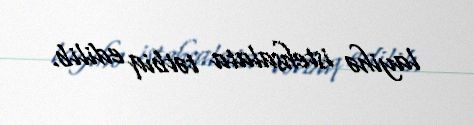
layihə istehsalata tətbiq edilib.